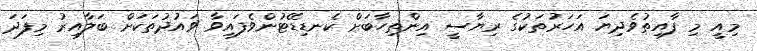
މިއީ މި ފާއިތުވެދިޔަ އަހަރުތަކުގެ ރިޔާސީ އިންތިހާބަށް ކެނޑިޑޭޓުންވެފައިވާ ވައުދުތަކަށް ބަލާއިރު މިފަދަ